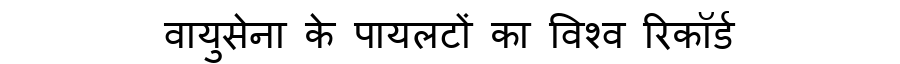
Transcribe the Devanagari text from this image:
वायुसेना के पायलटों का विश्व रिकॉर्ड